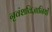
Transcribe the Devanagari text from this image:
नृवंशविज्ञानियों